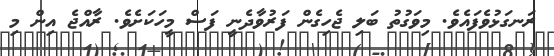
ރަނގަޅުވެފައެވެ. މިވަގުތު ބަލި ޖެހިގެން ފަރުވާދެނީ ފަސް މީހަކަށެވެ. ރާއްޖެ އިން މި